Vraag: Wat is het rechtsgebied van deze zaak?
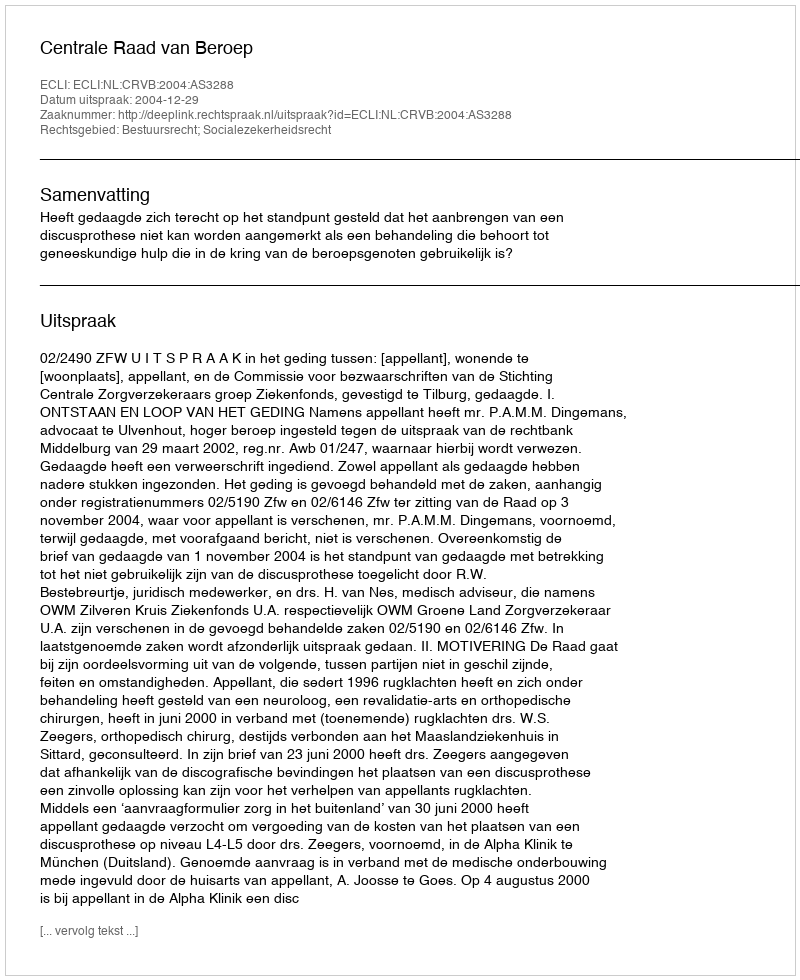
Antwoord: Bestuursrecht; Socialezekerheidsrecht